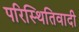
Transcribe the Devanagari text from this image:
परिस्थितिवादी